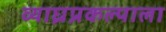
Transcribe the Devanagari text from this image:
व्याघ्रप्रकल्पाला